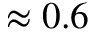
\approx 0 . 6